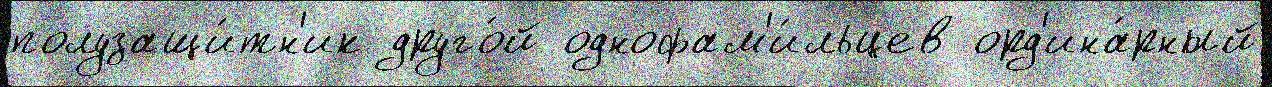
полузащи́тн'ик друго́й однофам'и́льцев орд'ина́рный